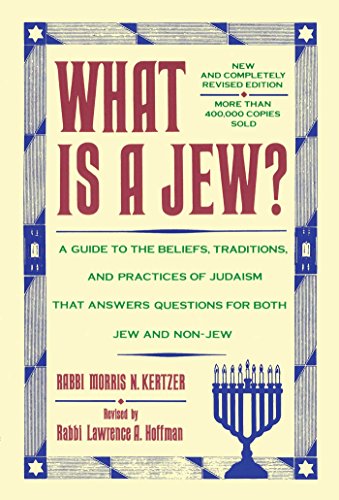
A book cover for What is a Jew?; Morris N. Kertzer; Religion & Spirituality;